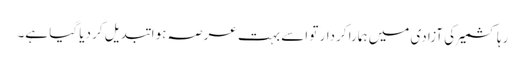
رہا کشمیر کی آزادی میں ہمارا کردار تو اسے بہت عرصہ ہوا تبدیل کر دیا گیا ہے۔